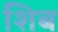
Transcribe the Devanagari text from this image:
शिब